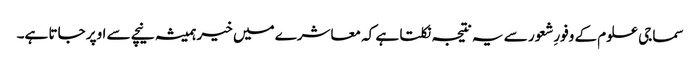
سماجی علوم کے وفورِشعور سے یہ نتیجہ نکلتا ہے کہ معاشرے میں خیر ہمیشہ نیچے سے اوپر جاتا ہے۔